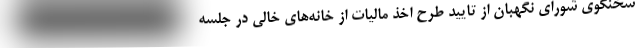
سخنگوی شورای نگهبان از تایید طرح اخذ مالیات از خانه‌های خالی در جلسه